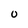
Character: 0